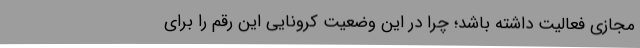
مجازی فعالیت داشته باشد؛ چرا در این وضعیت کرونایی این رقم را برای